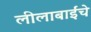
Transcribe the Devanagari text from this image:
लीलाबाईंचे